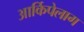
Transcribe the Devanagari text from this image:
आर्किपेलाग